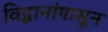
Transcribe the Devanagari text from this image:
विद्वानांपासून